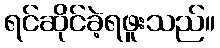
ရင်ဆိုင်ခဲ့ရဖူးသည်။